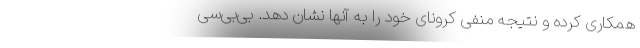
همکاری کرده و نتیجه منفی کرونای خود را به آنها نشان دهد. بی‌بی‌سی